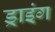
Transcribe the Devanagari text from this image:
ड्राइंंग